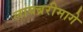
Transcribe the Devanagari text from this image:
लायब्ररीमागे